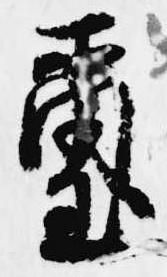
璽